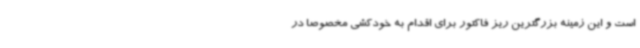
است و این زمینه بزرگترین ریز فاکتور برای اقدام به خودکشی مخصوصاً در